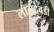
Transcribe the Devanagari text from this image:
लालदेवडी